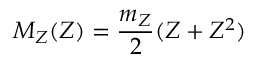
M _ { Z } ( Z ) = \frac { m _ { Z } } { 2 } ( Z + Z ^ { 2 } )